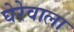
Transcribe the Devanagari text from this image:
घेरेवाला